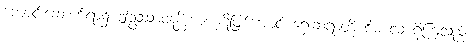
ကျောင်းဆောက်ရာ၌ ဤဥဿာဝနန္တိကာကုဋိဖြစ်အောင် ရှေးဆရာတို့ စီမံလေ့ ရှိကြသည်။